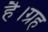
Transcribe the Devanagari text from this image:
है।ग्रह